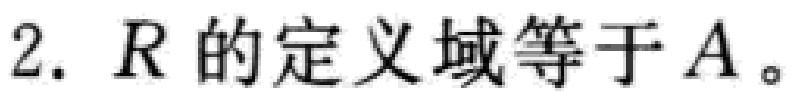
2. \(R\) 的定义域等于 \(A\)。